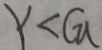
Y < G